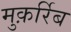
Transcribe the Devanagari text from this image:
मुक़र्रिब